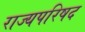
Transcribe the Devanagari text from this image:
राज्यपरिषद